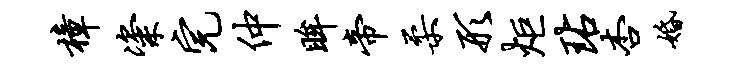
樟粢完仲眸帝柔形炬玷杏婚